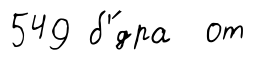
549 б'́дра от